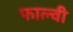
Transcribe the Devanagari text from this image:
फाल्वी